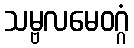
သမ္ဗလမေဝဂ္ဂံ